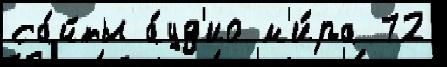
са́йты а́уд'ио м'и́ра 72